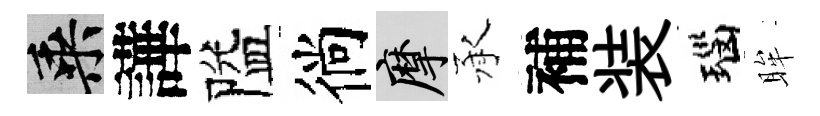
乘譁隘徜摩承補装瑙眸